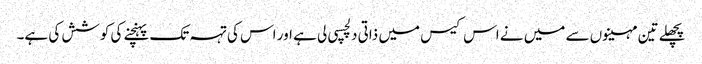
پچھلے تین مہینوں سے میں نے اس کیس میں ذاتی دلچسپی لی ہے اور اس کی تہہ تک پہنچنے کی کوشش کی ہے۔